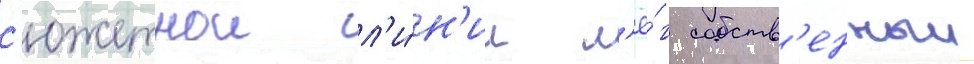
с'южетнои л'и́н'ии л'ё́г собств'енныи